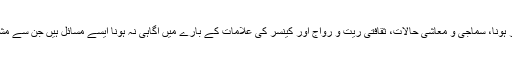
مثلاً، بڑے ہسپتالوں کا دُور ہونا، سماجی و معاشی حالات، ثقافتی ریت و رواج اور کینسر کی علامات کے بارے میں آگاہی نہ ہونا ایسے مسائل ہیں جن سے مشکلات مزید بڑھ جاتی ہیں۔